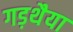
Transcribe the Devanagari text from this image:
गड़थैया